Vaccination in Bombay 1924-1928 - 1924-1928
Year: 1924
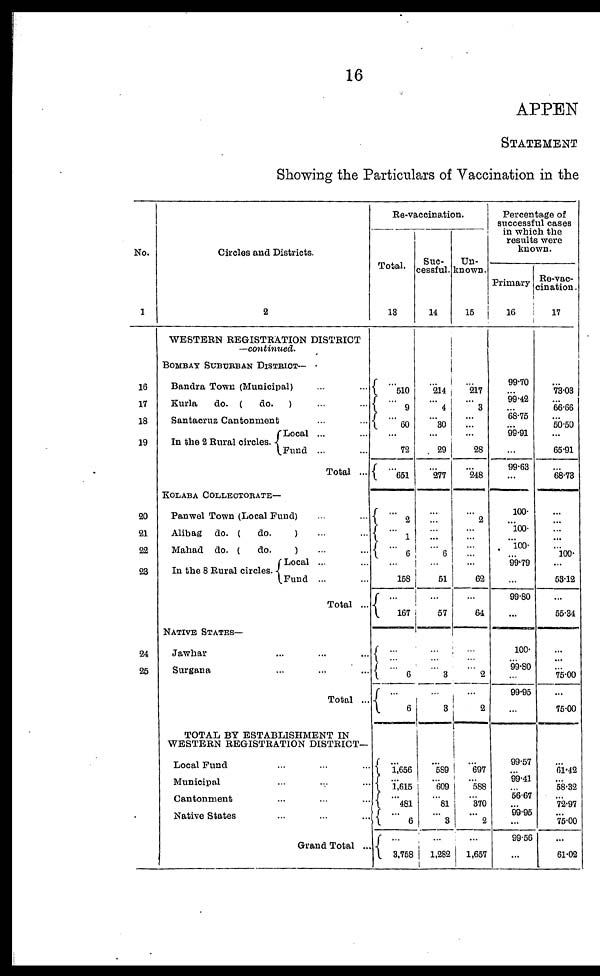
16
APPEN
STATEMENT
Showing the Particulars of Vaccination in the
No.
1
16
17
18
19
20
21
22
23
24
25
Circles and Districts.
2
WESTERN REGISTRATION DISTRICT
—continued.
BOMBAY SUBURBAN DISTRICT—
Bandra Town (Municipal) ... ...
Kurla
do. (
do.
) ... ...
Santacruz Cantonment ... ...
In the 2 Rural circles.
Local ... ...
Fund ... ...
Total ...
KOLABA COLLECTORATE—
Panwel Town (Local Fund) ... ...
Alibag do. (
do.
) ... ...
Mahad do. (
do.
) ... ...
In the 8 Rural circles.
Local ... ...
Fund ... ...
Total ...
NATIVE STATES—
Jawhar ... ... ...
Surgana ... ... ...
Total ...
TOTAL BY ESTABLISHMENT IN
WESTERN REGISTRATION DISTRICT—
Local Fund ... ... ...
Municipal ... ... ...
Cantonment ... ... ...
Native States ... ... ...
Grand Total ...
Re-vaccination.
Total.
13
...
510
...
9
...
60
...
72
...
651
...
2
... 1
...
6
...
158
...
167
...
...
...
6
...
6
...
1,656
...
1,615
...
481
...
6
...
3,758
Suc-
cessful.
14
... 214
...
4
...
30
...
29
...
277
...
...
...
...
...
6
...
51
...
57
...
...
...
'3
...
3
...
589
...
609
...
81
...
3
...
1,282
Un-
known.
15
...
217
...
3
...
...
...
28
...
248
...
2
...
...
...
...
...
62
...
64
...
...
...
2
...
2
...
697
...
588
...
370
...
2
...
1,657
Percentage of
successful cases
in which the
results were
known.
Primary
16
99.70
...
99.42
...
68.75
...
99.91
...
99.63
...
100.
...
100.
...
100.
...
99.79
...
99.80
...
100.
...
99.80
...
99.95
...
... ...
99.41
...
56.67
...
99.95
...
99.56
...
Re-vac-
cination .
17
...
73.03
...
66.66
...
50.50
...
65.91
...
68.73
...
...
...
...
...
100.
...
53.12
...
55.34
...
...
...
75.00
...
75.00
...
61.42
...
58.32
...
72.97
...
75.00
...
61.02